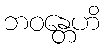
ဘဝန္တေဟိ